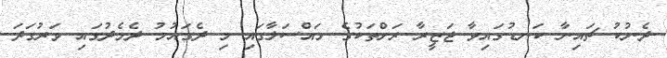
ދެނުކު ޗައިނާ ކަނޑުގައިވާ ޖަޒީރާ ރަށްތަކުގެ މައްސަލާގައި މި ދެގައުމު ދެމެދުގައި ވަރުގަދަ